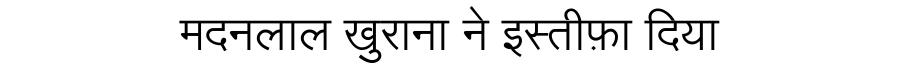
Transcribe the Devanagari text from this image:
मदनलाल खुराना ने इस्तीफ़ा दिया